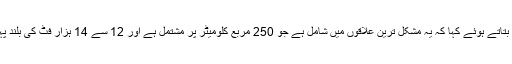
’ اُنہوں نے آپریشن خیبر فور کی تفصیل بتاتے ہوئے کہا کہ یہ مشکل ترین علاقوں میں شامل ہے جو 250 مربع کلومیٹر پر مشتمل ہے اور 12 سے 14 ہزار فٹ کی بلند پہاڑی چوٹیاں اِس علاقے میں موجود ہیں۔